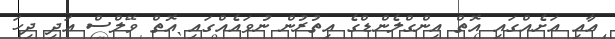
އާއި އަށެއްގައި އޮތް އިންގްލެންޑްގެ އިތުރުން ނުވައެއްގައި އޮތް ވޭލްސް އަދި ދިހަ